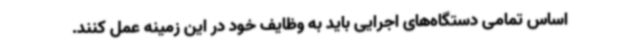
اساس تمامی دستگاه‌های اجرایی باید به وظایف خود در این زمینه عمل کنند.